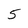
Character: 5